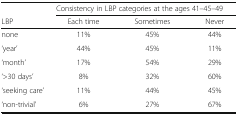
<table><thead><tr><td></td><td colspan="3"><b>Consistency in LBP categories at the ages 41–45–49</b></td></tr><tr><td><b>LBP</b></td><td><b>Each time</b></td><td><b>Sometimes</b></td><td><b>Never</b></td></tr></thead><tbody><tr><td>none</td><td>11%</td><td>45%</td><td>44%</td></tr><tr><td>‘year’</td><td>44%</td><td>45%</td><td>11%</td></tr><tr><td>‘month’</td><td>17%</td><td>54%</td><td>29%</td></tr><tr><td>‘&gt;30 days’</td><td>8%</td><td>32%</td><td>60%</td></tr><tr><td>‘seeking care’</td><td>11%</td><td>44%</td><td>45%</td></tr><tr><td>‘non-trivial’</td><td>6%</td><td>27%</td><td>67%</td></tr></tbody></table>